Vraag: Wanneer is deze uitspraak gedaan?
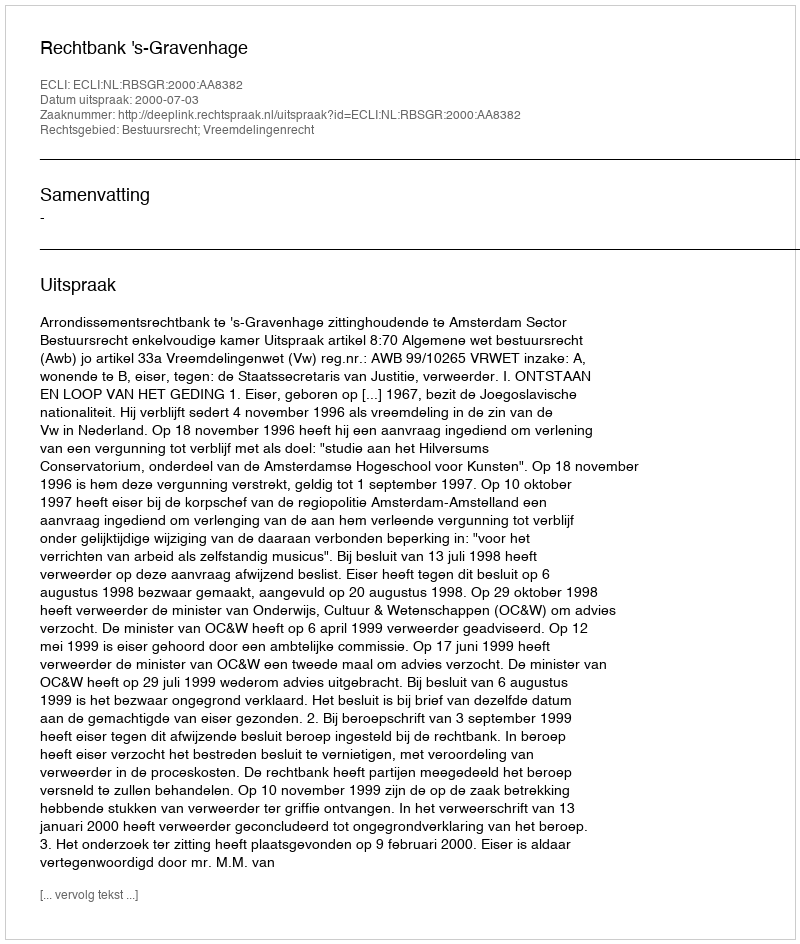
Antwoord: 2000-07-03